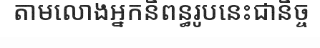
តាមលោងអ្នកនិពន្ធរូបនេះជានិច្ច